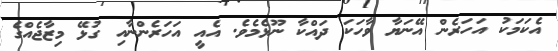
އެކަމަކު އަހަރެން އޭނަޔާ ވާހަކަ ދައްކާ ނޫޅެމެވެ. އެއީ އަހަރެންނާއި ގުޅޭ މިޒާޖެއްގެ